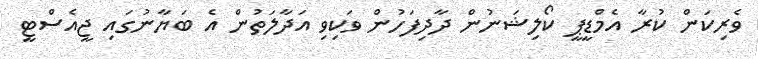
ވެރިކަން ކުރާ އެމްޑީޕީ ކޯލިޝަނުން ދާދިފަހުން ވަކިވި އަދާލަތުން އެ ބަޔާނުގައި ޖީއެސްޓީ